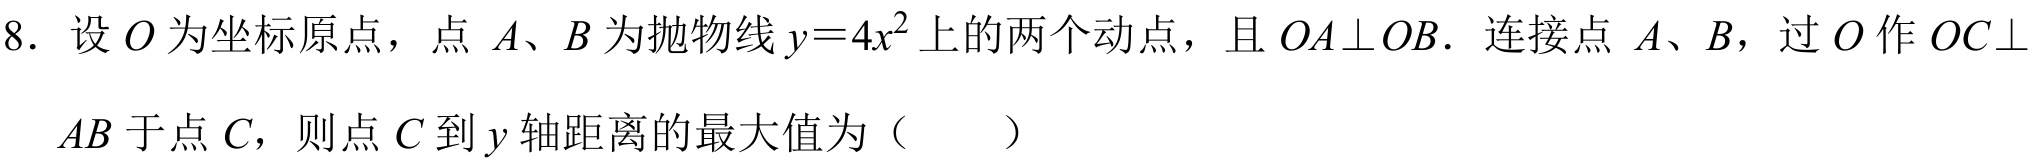
8. 设 \(O\) 为坐标原点，点 \(A、B\) 为抛物线 \(y = 4x^{2}\) 上的两个动点，且 \(OA\perp OB\). 连接点 \(A、B\)，过 \(O\) 作 \(OC\perp AB\) 于点 \(C\)，则点 \(C\) 到 \(y\) 轴距离的最大值为（  ）